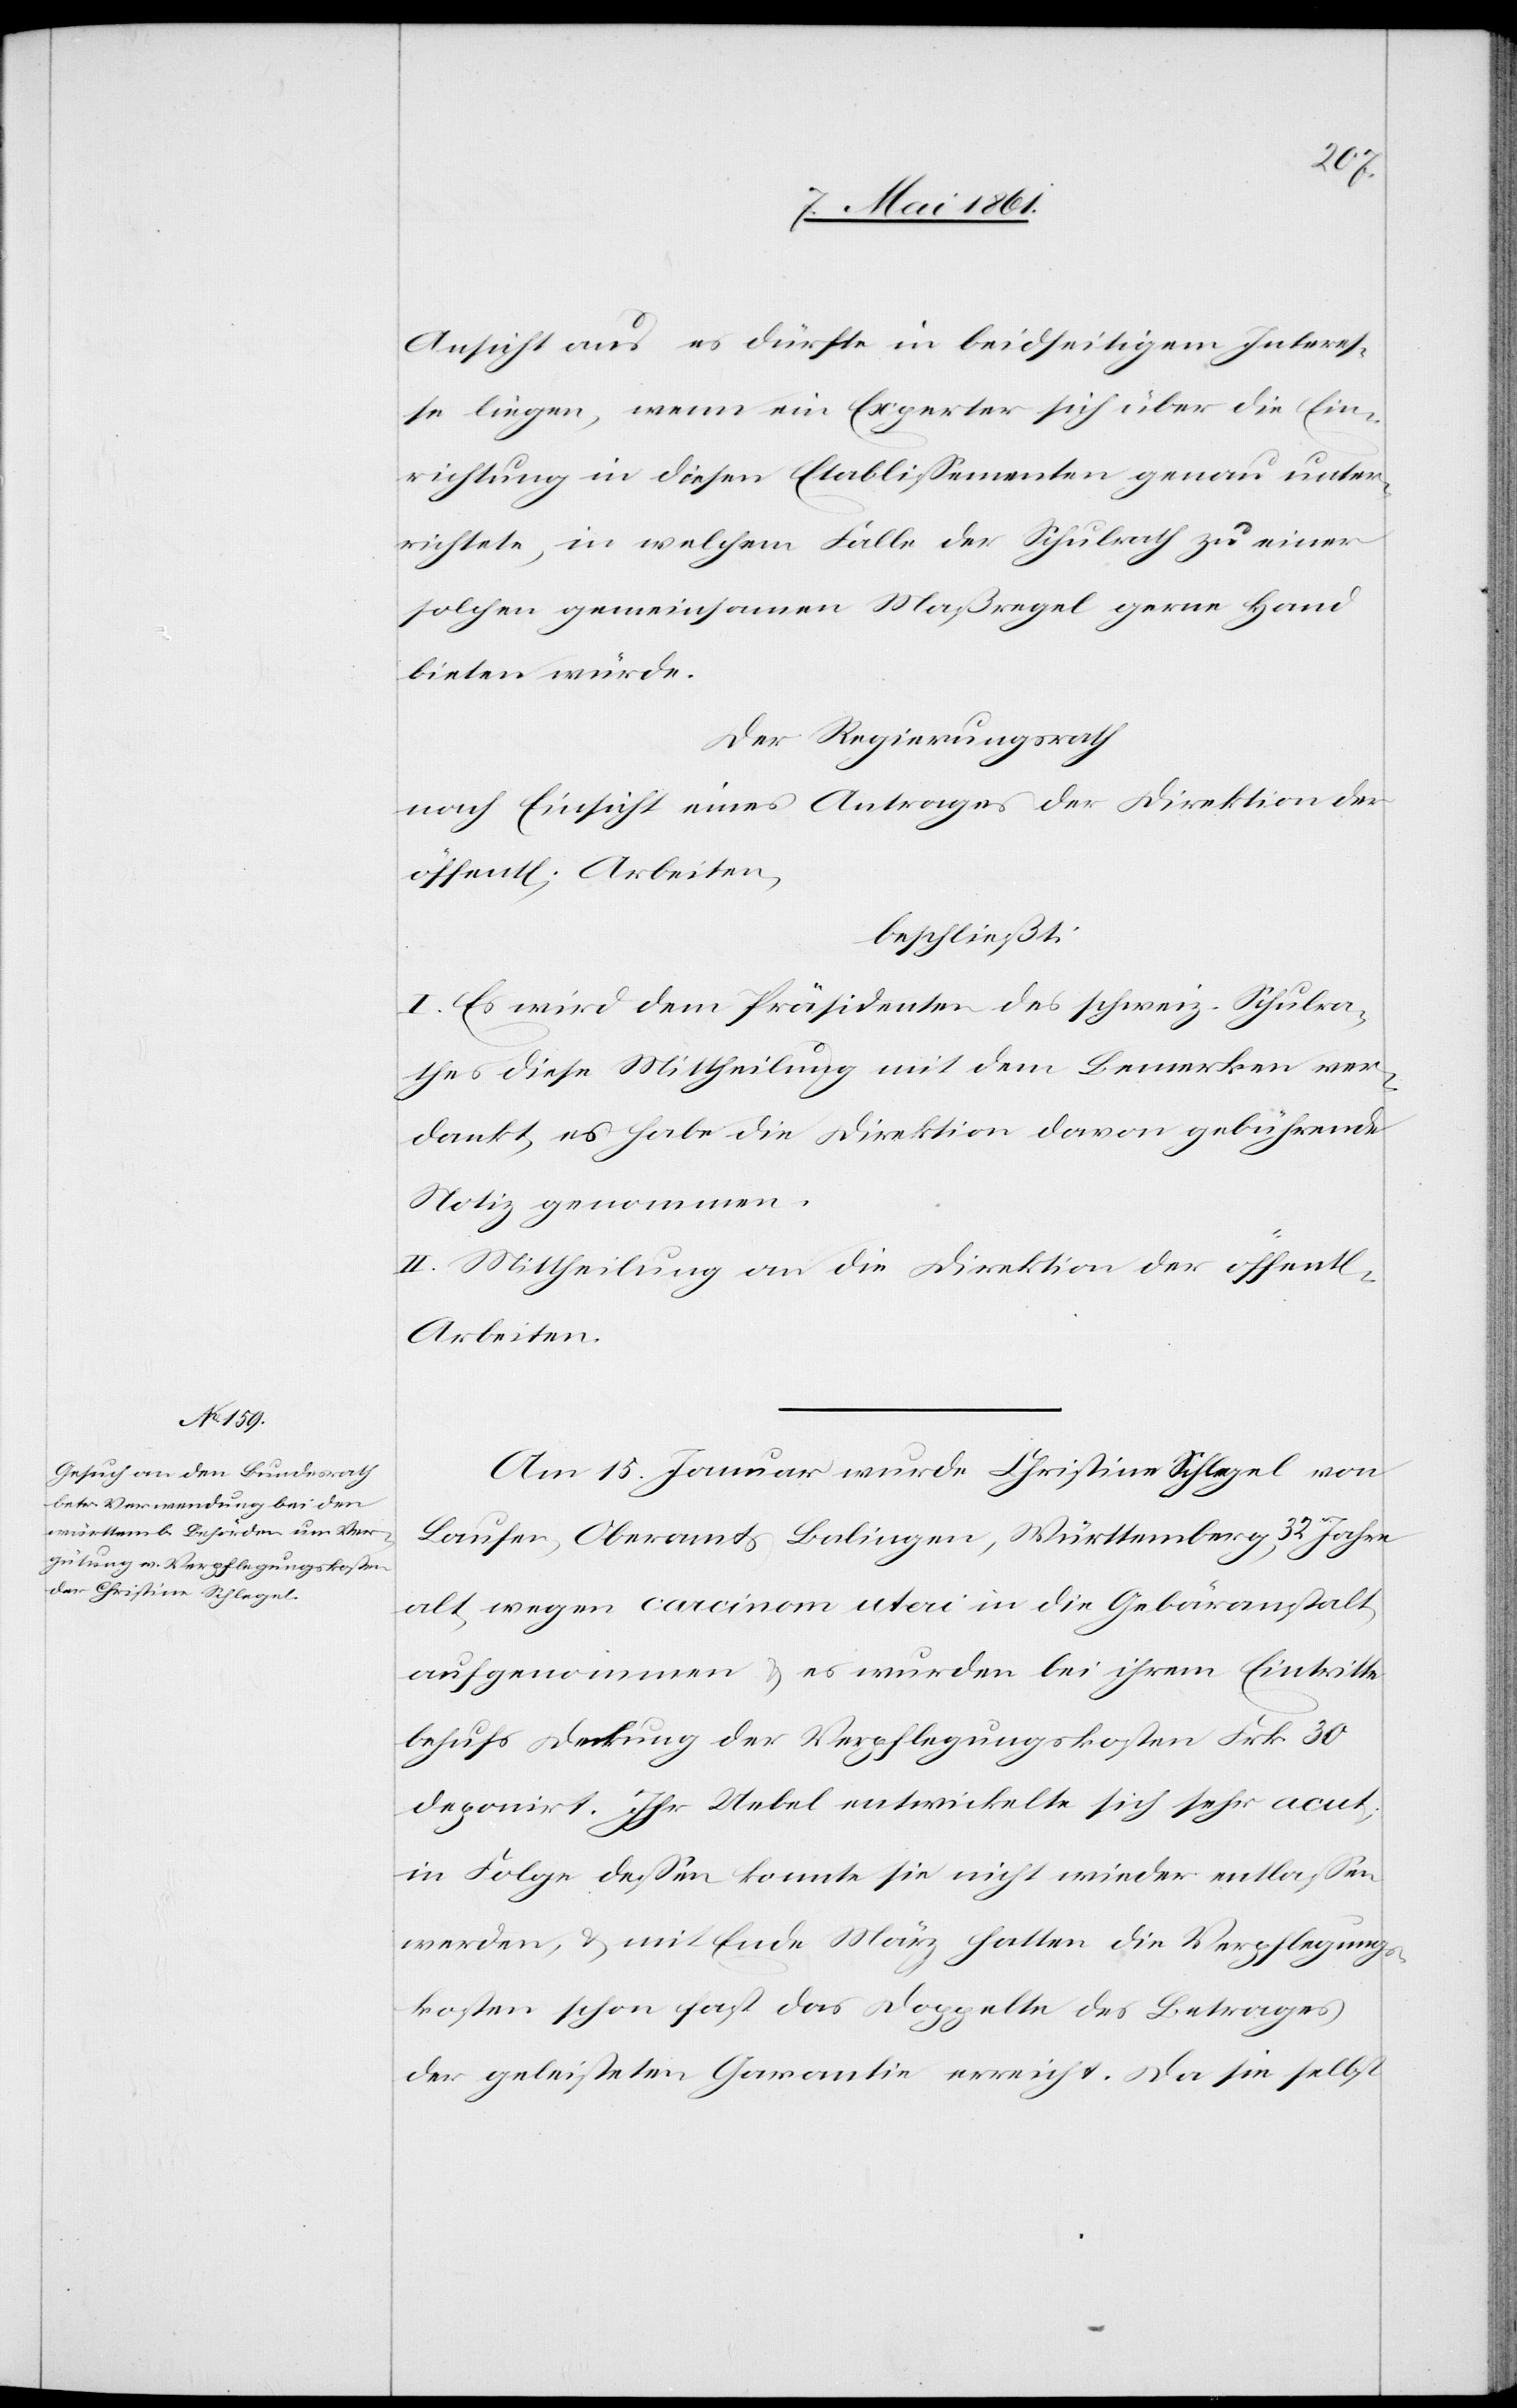
ichen]
Ansicht aus es dürfte in beidseitigem Interes¬
se liegen, wenn ein Experter [sic!] sich über die Ein¬
richtung in diesen Etablissementen genau unter¬
richtet, in welchem Falle der Schulrath zu einer
solchen gemeinsamen Maßregel gerne Hand
bieten würde.
Der Regierungsrath
nach Einsicht eines Antrages der Direktion der
beschließt:
I. Es wird dem Präsidenten des schweiz. Schulra¬
thes diese Mittheilung mit dem Bemerken ver¬
dankt, es habe die Direktion davon gebührend
Notiz genommen.
II. Mittheilung an die Direktion der öffent[l¬
Arbeiten.
Am 25. Januar wurde Christine Schlegel von
Laufen, Oberamts Balingen, Württemberg, 32 Jahre
alt, wegen carcinom uteri in die Gebäranstalt
aufgenommen u. es wurden bei ihrem Eintritte
behufs Deckung der Verpflegungskosten Frk. 30
deponirt. Ihr Uebel entwickelte sich sehr acut;
in Folge dessen konnte sie nicht wieder entlassen
werden, u. mit Ende März hatten die Verpflegungs¬
kosten schon fast das Doppelte des Betrages
der geleisteten Garantie erreicht. Da sie selbst